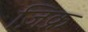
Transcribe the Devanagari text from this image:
ज़िक्र